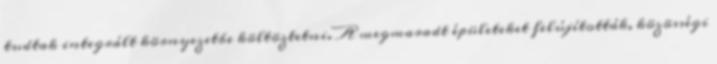
tudtak integrált környezetbe költöztetni. A megmaradt épületeket felújították, közösségi